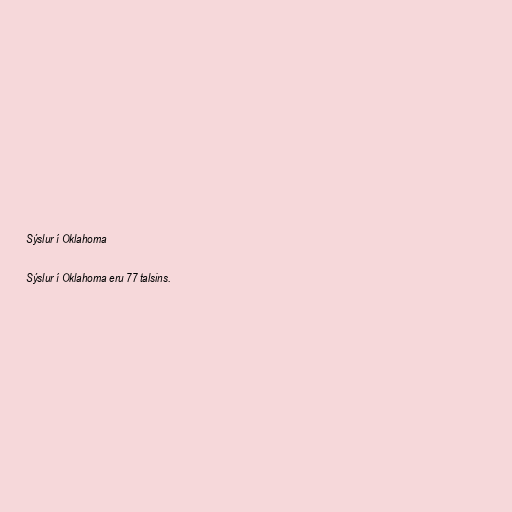
Sýslur í Oklahoma

Sýslur í Oklahoma eru 77 talsins.